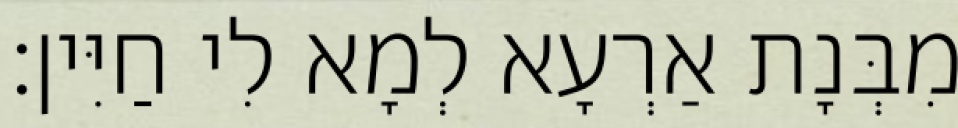
מִבְּנָת אַרְעָא לְמָא לִי חַיִּין׃